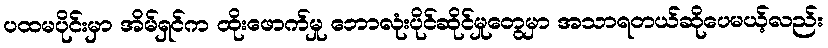
ပထမပိုင်းမှာ အိမ်ရှင်က ထိုးဖောက်မှု ဘောလုံးပိုင်ဆိုင်မှုတွေမှာ အသာရတယ်ဆိုပေမယ့်လည်း